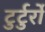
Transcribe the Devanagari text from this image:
टुर्टुर्रो